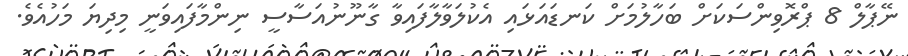
ނޭޕާލް 8 ޕްރޮވިންސަކަށް ބަހާލުމަށް ކަނޑައަޅައި އެކުލަވާލާފައިވާ ގާނޫނުއަސާސީ ނިންމާފައިވަނީ މިދިޔަ މަހުއެވެ.